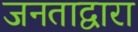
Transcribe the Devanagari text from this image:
जनताद्वारा